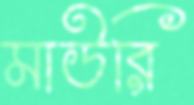
মাউরি